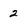
Character: 2